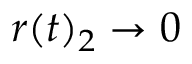
r ( t ) _ { 2 } \to 0